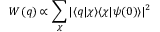
W ( q ) \propto \sum _ { \chi } | \langle q | \chi \rangle \langle \chi | \psi ( 0 ) \rangle | ^ { 2 }